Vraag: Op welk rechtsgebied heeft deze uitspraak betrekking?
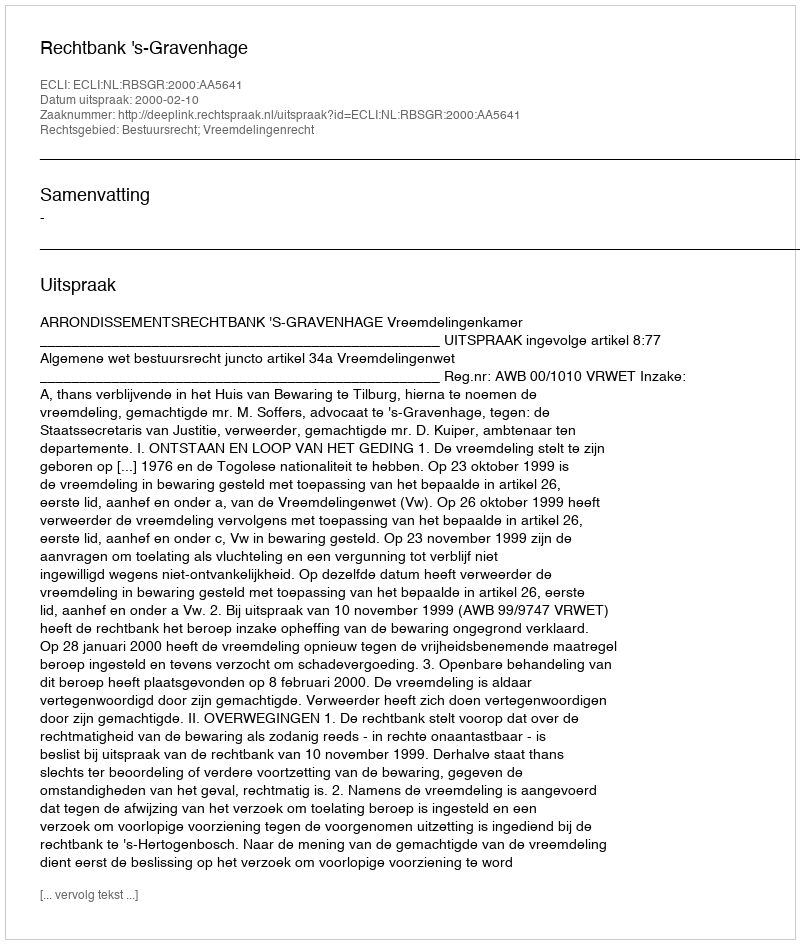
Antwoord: Bestuursrecht; Vreemdelingenrecht